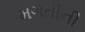
મગતીની